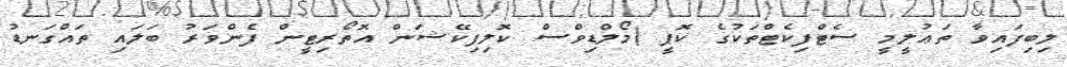
ލިބިފައިވާ ތަޢުލީމީ ސެޓްފިކެޓްތަކުގެ ކޮޕީ (މޯލްޑިވްސް ކޮލިފިކޭޝަން އޮތޯރިޓީން ފެންވަރު ބަލައި ތައްގަނޑު